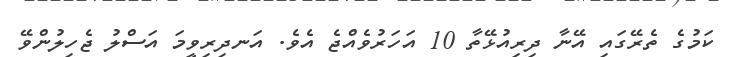
ކަމުގެ ތެރޭގައި އޭނާ ދިރިއުޅޭތާ 10 އަހަރުވެއްޖެ އެވެ. އަނދިރިވީމަ އަސްލު ޖެހިލުންވޭ